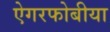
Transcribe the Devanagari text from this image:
ऐगरफोबीया